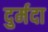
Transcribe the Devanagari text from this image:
दुर्मदा